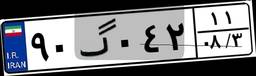
۱۹گ۳۸۱۱۱